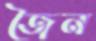
জৈন